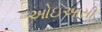
ઓઇઆસી